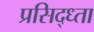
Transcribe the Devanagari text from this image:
प्रसिद्ध्ता